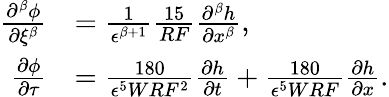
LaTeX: \begin{array}{rl}{\frac{\partial^{\beta}\phi}{\partial\xi^{\beta}}}&{=\frac{1}{\epsilon^{\beta+1}}\frac{15}{RF}\frac{\partial^{\beta}h}{\partial x^{\beta}},}\\ {\frac{\partial\phi}{\partial\tau}}&{=\frac{180}{\epsilon^{5}WRF^{2}}\frac{\partial h}{\partial t}+\frac{180}{\epsilon^{5}WRF}\frac{\partial h}{\partial x}.}\end{array}